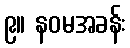
၉။ နဝမအခန်း